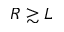
R \gtrsim L